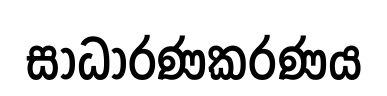
සාධාරණකරණය